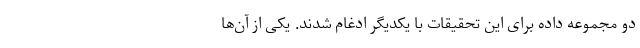
دو مجموعه داده برای این تحقیقات با یکدیگر ادغام شدند. یکی از آن‌ها